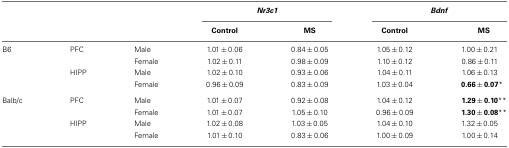
|  |  |  | <COLSPAN=2> Nr3c1 | <COLSPAN=2> Bdnf |
 |  |  |  | Control | MS | Control | MS |
 | --- | --- | --- | --- | --- | --- | --- |
 | B6 | PFC | Male | 1.01 ± 0.06 | 0.84 ± 0.05 | 1.05 ± 0.12 | 1.00 ± 0.21 |
 |  |  | Female | 1.02 ± 0.11 | 0.98 ± 0.09 | 1.10 ± 0.12 | 0.86 ± 0.11 |
 |  | HIPP | Male | 1.02 ± 0.10 | 0.93 ± 0.06 | 1.04 ± 0.11 | 1.06 ± 0.13 |
 |  |  | Female | 0.96 ± 0.09 | 0.83 ± 0.09 | 1.03 ± 0.04 | 0.66 ± 0.07* |
 | Balb/c | PFC | Male | 1.01 ± 0.07 | 0.92 ± 0.08 | 1.04 ± 0.12 | 1.29 ± 0.10** |
 |  |  | Female | 1.01 ± 0.07 | 1.05 ± 0.10 | 0.96 ± 0.09 | 1.30 ± 0.08** |
 |  | HIPP | Male | 1.02 ± 0.08 | 1.03 ± 0.05 | 1.04 ± 0.10 | 1.32 ± 0.05 |
 |  |  | Female | 1.01 ± 0.10 | 0.83 ± 0.06 | 1.00 ± 0.09 | 1.00 ± 0.14 |